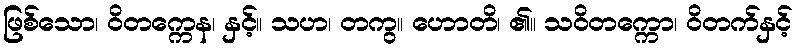
ဖြစ်သော၊ ဝိတက္ကေန၊ နှင့်။ သဟ၊ တကွ။ ဟောတိ၊ ၏။ သဝိတက္ကော၊ ဝိတက်နှင့်